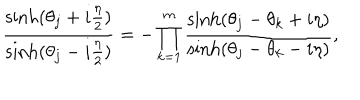
\frac { \sinh ( { \theta _ { j } + i { \frac { \eta } { 2 } } } ) } { \sinh ( { \theta _ { j } - i { \frac { \eta } { 2 } } } ) } = - \prod _ { k = 1 } ^ { m } \frac { \sinh ( { \theta _ { j } - \theta _ { k } + i \eta } ) } { \sinh ( { \theta _ { j } - \theta _ { k } - i \eta } ) } ,